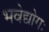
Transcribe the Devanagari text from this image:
भवेद्योगः